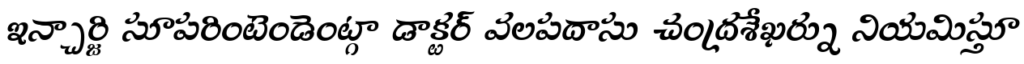
ఇన్చార్జి సూపరింటెండెంట్గా డాక్టర్ వలపదాసు చంద్రశేఖర్ను నియమిస్తూ